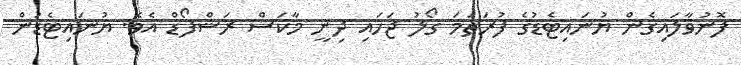
ފޮނުވާލައިގެން ޔުނައިޓެޑުގެ ފުރަތަމަ ގޯލު ޖަހައި ދިނީ މާކަސް ރަޝްފޯޑް އެވެ. ޔުނައިޓެޑުން